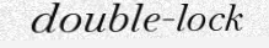
double-lock